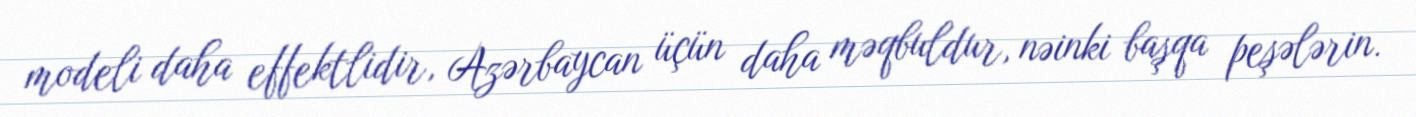
modeli daha effektlidir, Azərbaycan üçün daha məqbuldur, nəinki başqa peşələrin.